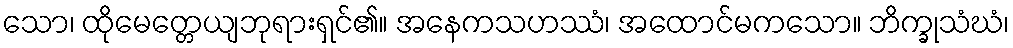
သော၊ ထိုမေတ္တေယျဘုရားရှင်၏။ အနေကသဟဿံ၊ အထောင်မကသော။ ဘိက္ခုသံဃံ၊